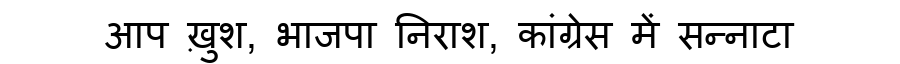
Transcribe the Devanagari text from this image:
आप ख़ुश, भाजपा निराश, कांग्रेस में सन्नाटा